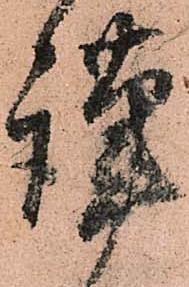
謹